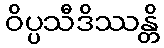
ဝိပ္ပသီဒိဿန္တိ